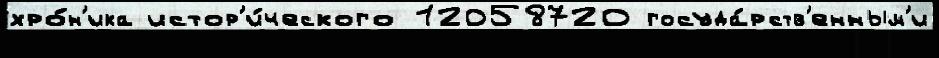
хро́н'ика истор'и́ческого 12058720 госуда́рств'енным'и